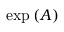
\exp \left( A \right)